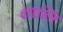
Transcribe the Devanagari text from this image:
शान्‍ति